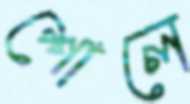
শোলে